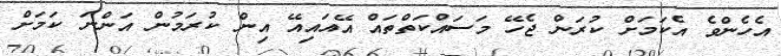
އެހެންވެ އެކަމަށް ކުރަން ޖެހޭ މަސައްކަތްތައް އޭއައިއޭ އިން ކުރަމުން އަންނަ ކަމަށް